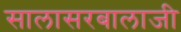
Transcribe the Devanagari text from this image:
सालासरबालाजी